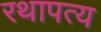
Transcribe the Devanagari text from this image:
रथापत्य